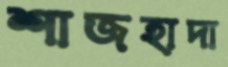
শাজহাদা